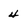
Character: 4